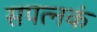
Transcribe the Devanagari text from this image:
सपत्नकं